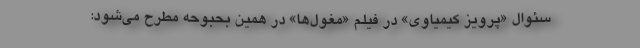
سئوال «پرویز کیمیاوی» در فیلم «مغول‌ها» در همین بحبوحه مطرح می‌شود: